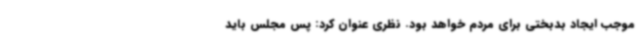
موجب ایجاد بدبختی برای مردم خواهد بود. نظری عنوان کرد: پس مجلس باید